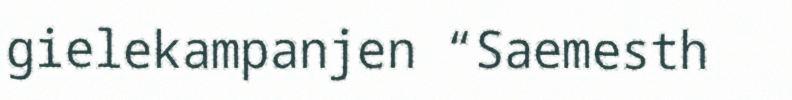
gielekampanjen “Saemesth